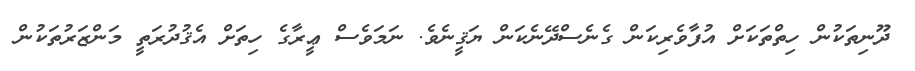
ދޫނިތަކުން ހިތްތަކަށް އުފާވެރިކަން ގެނެސްދޭނެކަން ޔަޤީނެވެ. ނަމަވެސް ޢީރާގެ ހިތަށް އެޤުދުރަތީ މަންޒަރުތަކުން